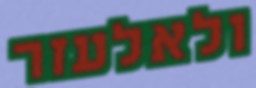
ולאלעזר